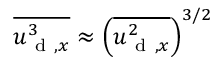
\overline { { { u _ { \mathrm { ~ d ~ } , x } ^ { 3 } } } } \approx \left( \overline { { { u _ { \mathrm { ~ d ~ } , x } ^ { 2 } } } } \right) ^ { 3 / 2 }